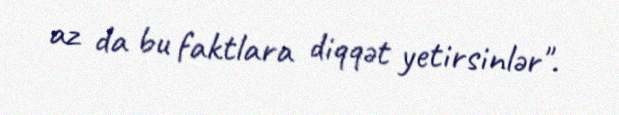
az da bu faktlara diqqət yetirsinlər".